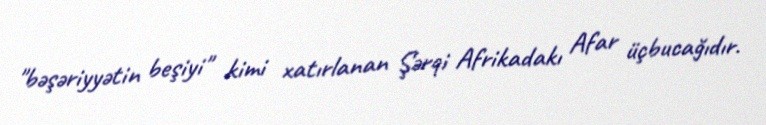
"bəşəriyyətin beşiyi" kimi xatırlanan Şərqi Afrikadakı Afar üçbucağıdır.